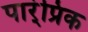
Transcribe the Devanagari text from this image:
पार्ंप्रिक